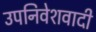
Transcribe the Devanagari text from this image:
उपनिवेशवादी